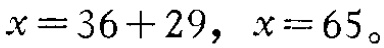
$x = 36 + 29, \ x = 65。$